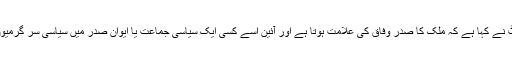
مزید برآں سپریم کورٹ نے کہا ہے کہ ملک کا صدر وفاق کی علامت ہوتا ہے اور آئین اسے کسی ایک سیاسی جماعت یا ایوان صدر میں سیاسی سر گرمیوں کی اجازت نہیں دیتا۔